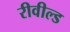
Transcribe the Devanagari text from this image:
रीवील्ड